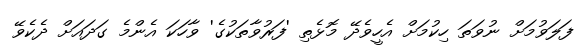
ފަލަވުމަށް ނުވަތަ ހިކުމަށް އެހީވެދޭ މޮޅެތި 'ފަރުވާތަކުގެ' ވާހަކަ އެންމެ ގަދައަށް ދެކެވޭ